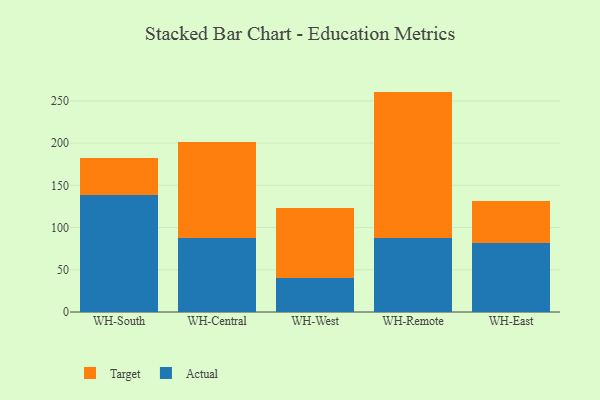
{"axis": {"x": "Warehouse", "y": "Market Share (%)"}, "legend": ["Actual", "Target"], "data": [{"x": "WH-South", "y": 138.7, "type": "Actual"}, {"x": "WH-South", "y": 43.9, "type": "Target"}, {"x": "WH-Central", "y": 87.9, "type": "Actual"}, {"x": "WH-Central", "y": 113.3, "type": "Target"}, {"x": "WH-West", "y": 39.8, "type": "Actual"}, {"x": "WH-West", "y": 82.9, "type": "Target"}, {"x": "WH-Remote", "y": 87.4, "type": "Actual"}, {"x": "WH-Remote", "y": 173.6, "type": "Target"}, {"x": "WH-East", "y": 81.6, "type": "Actual"}, {"x": "WH-East", "y": 49.4, "type": "Target"}]}